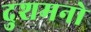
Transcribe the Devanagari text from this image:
दुशमनो